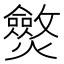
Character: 𤒥